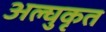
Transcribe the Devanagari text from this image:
अल्घुकृत